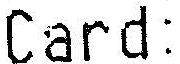
CARD: